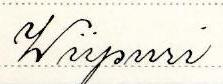
Wiipuri